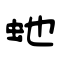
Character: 虵